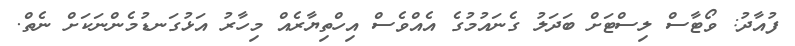
ފުއާދު: ވޯޓާސް ލިސްޓަށް ބަދަލު ގެނައުމުގެ އެއްވެސް އިހްތިޔާރެއް މިހާރު އަޅުގަނޑުމެންނަކަށް ނެތް.